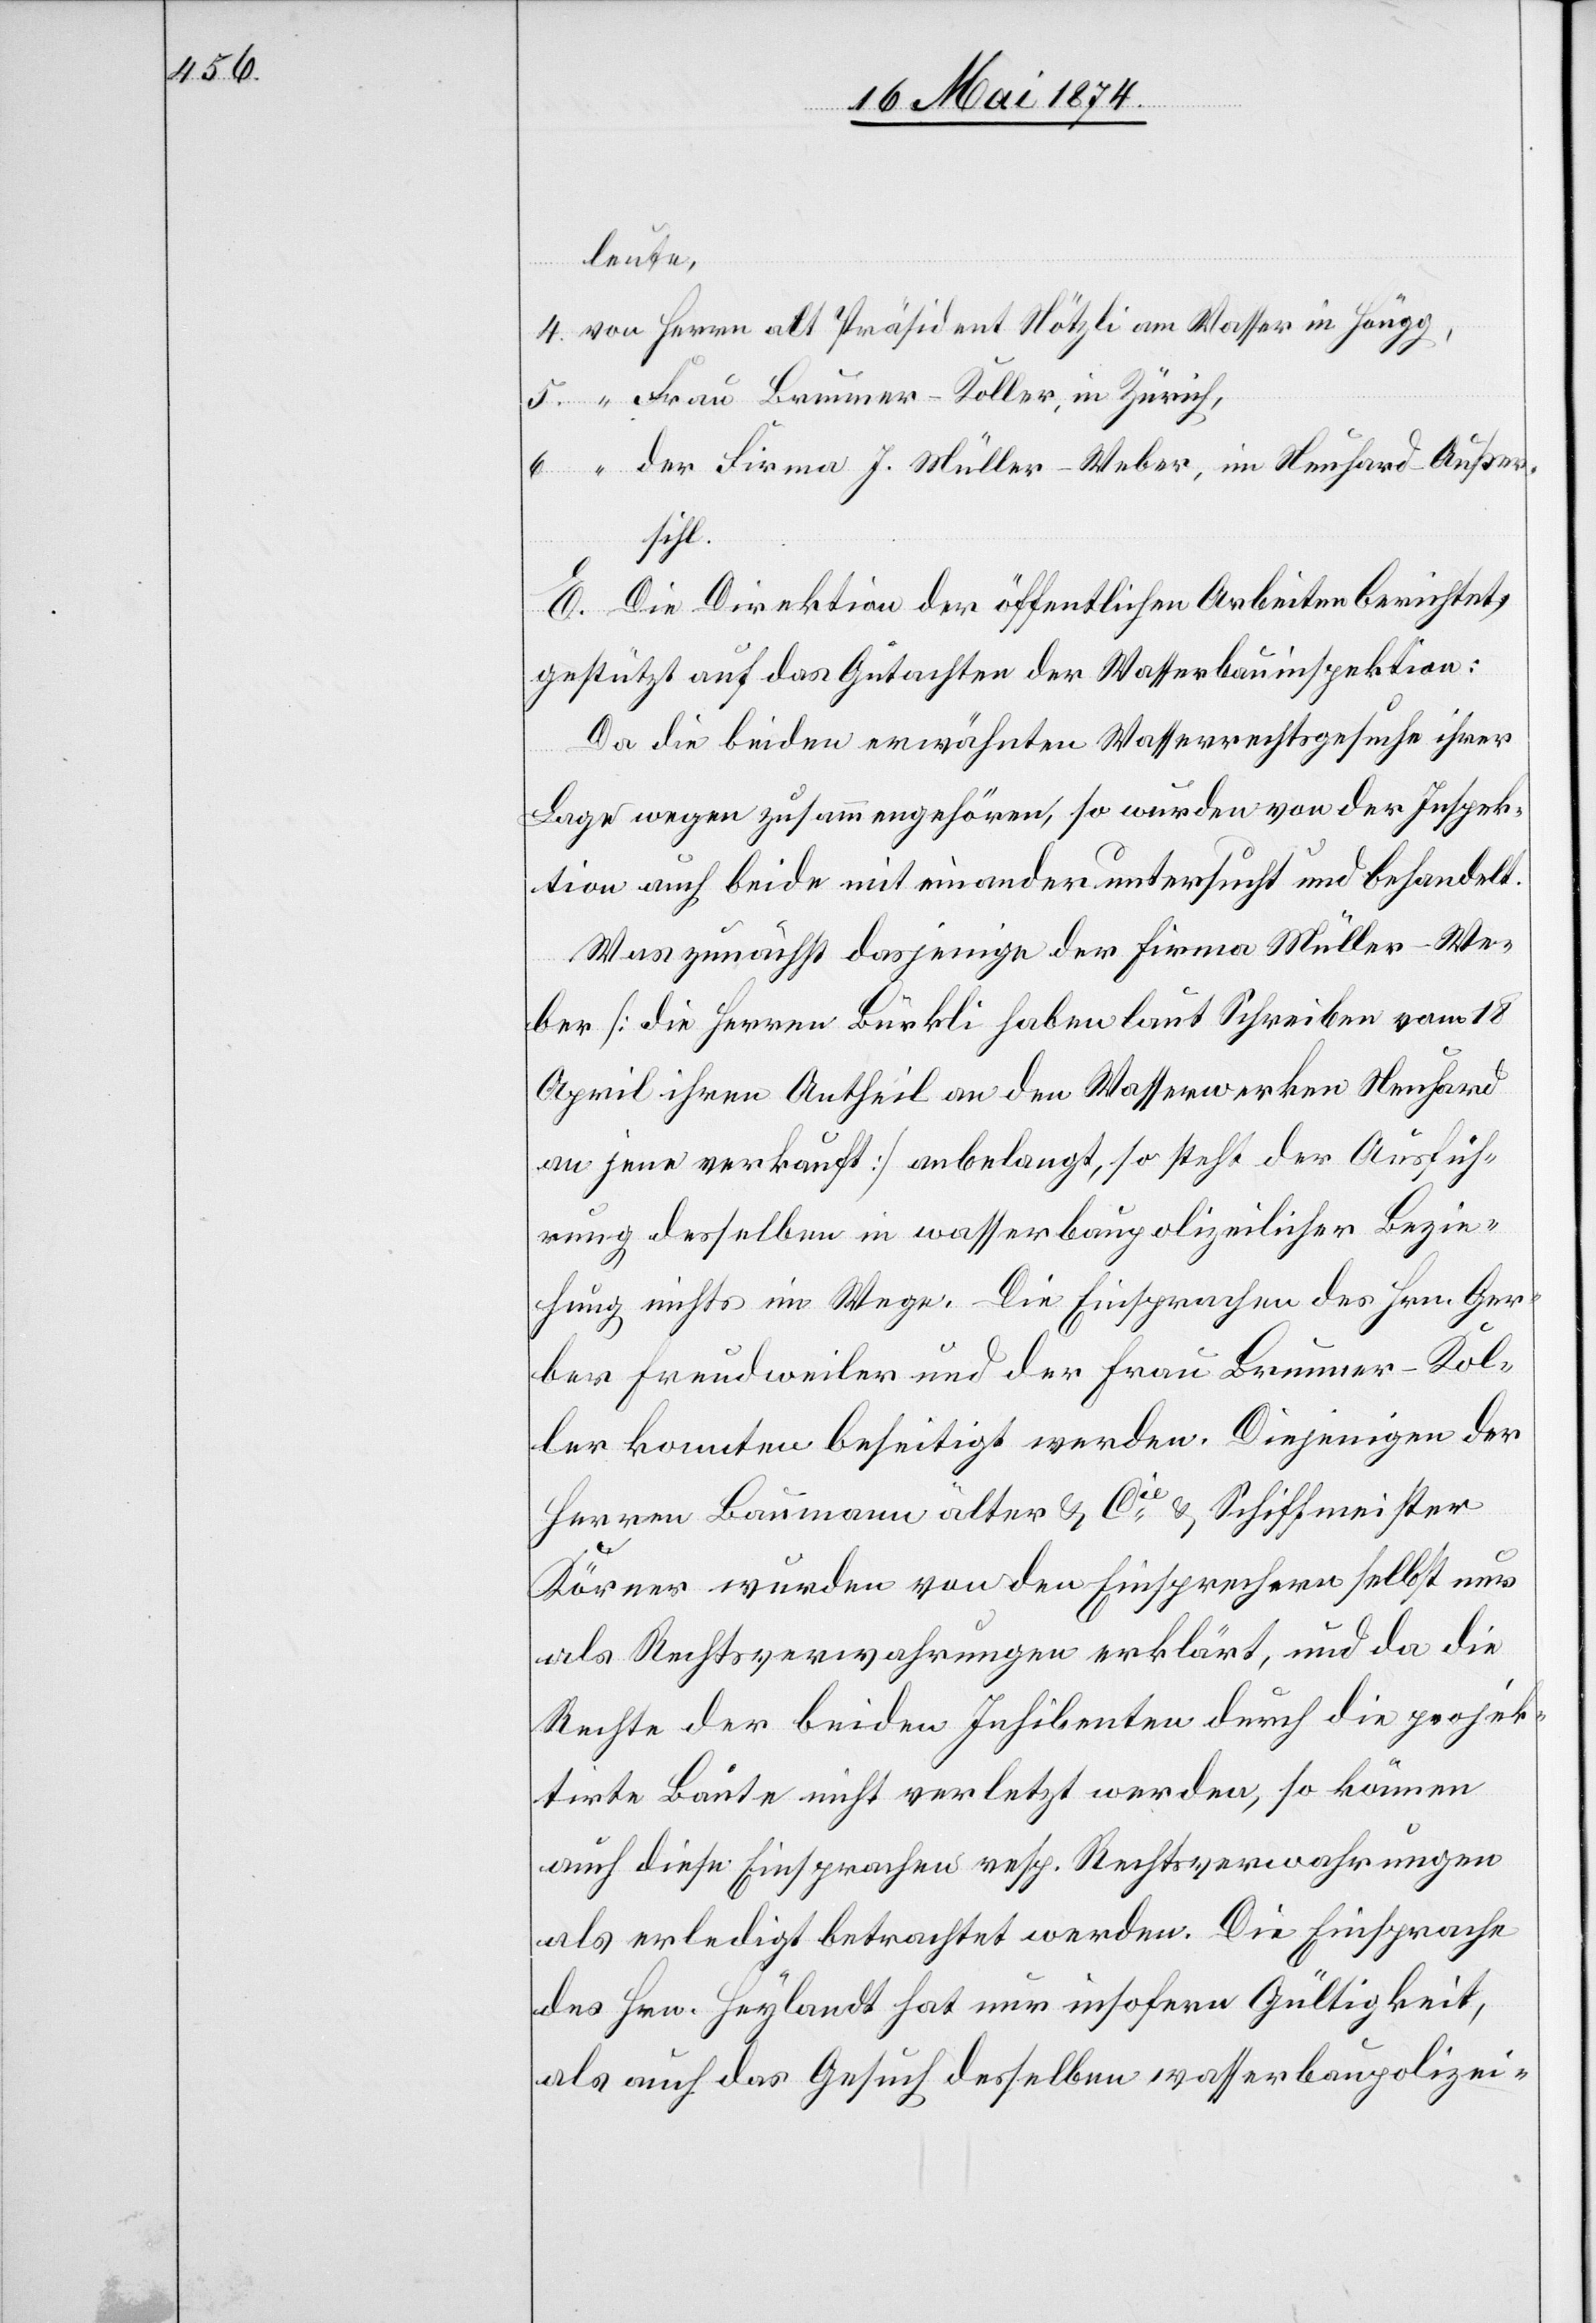
in Höngg,
E. Die Direktion der öffentlichen Arbeiten berichtet,
gestützt auf das Gutachten der Wasserbauinspektion:
Da die beiden erwähnten Wasserrechtsgesuche ihrer
Lage wegen zusammengehören, so wurden von der Inspek¬
tion auch beide mit einander untersucht und behandelt.
Was zunächst dasjenige der Firma Müller-We¬
ber [die Herren Bürkli haben laut Schreiben vom 18.
April ihren Antheil an den Wasserwerken Neuhard
an jene verkauft] anbelangt, so steht der Ausfüh¬
rung desselben in wasserbaupolizeilicher Bezie¬
hung nichts im Wege. Die Einsprachen des Hrn. Ger¬
ber Freudweiler und der Frau Brunner-Kol¬
ler konnten beseitigt werden. Diejenigen der
Herren Baumann älter u. Cie u. Schiffmeister
Körner wurden von den Einsprechern selbst nur
als Rechtsverwahrungen erklärt, und da die
Rechte der beiden Inhibenten durch die projek¬
tirte Baute nicht verletzt werden, so können
auch diese Einsprachen resp. Rechtsverwahrungen
als erledigt betrachtet werden. Die Einsprache
des Hrn. Heylandt hat nur insofern Gültigkeit,
als auch das Gesuch desselben wasserbaupolizei-